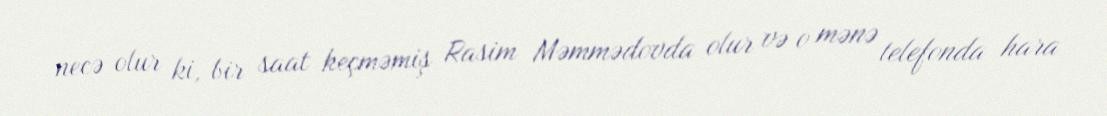
necə olur ki, bir saat keçməmiş Rasim Məmmədovda olur və o mənə telefonda hara